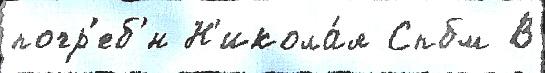
погр'еб'́н Н'икола́я Спбм В